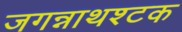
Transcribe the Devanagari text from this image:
जगन्नाथश्टक